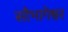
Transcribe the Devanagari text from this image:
सौभागेश्वर